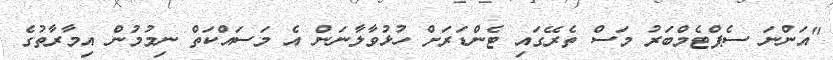
"އަންނަ ސެޕްޓެމްބަރު މަސް ތެރޭގައި ޓެންޑަރަށް ހުޅުވާލާނަން އެ މަސައްކަތް ނިމުމުން އިމާރާތުގެ